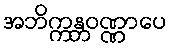
အဘိက္ကန္တဝဏ္ဏာပေ